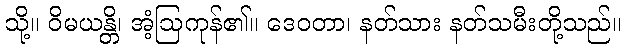
သို့။ ဝိမယန္တိ၊ အံ့ဩကုန်၏။ ဒေဝတာ၊ နတ်သား နတ်သမီးတို့သည်။